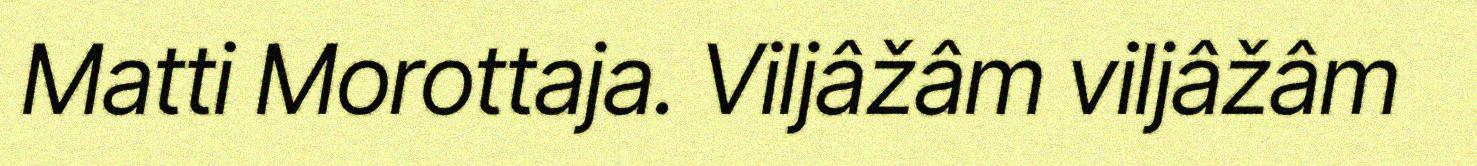
Matti Morottaja. Viljâžâm viljâžâm